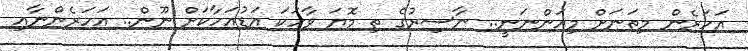
އަހަރެން މިތަނަށް މިއަންނަނީ.. ނާސިރުގެ ތި މޮޔަ ވާހަކަ އަޑުއަހާކަށް ނޫން.. އަހަރެންނާއި